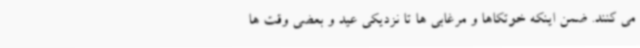
می کنند. ضمن اینکه خوتکاها و مرغابی ها تا نزدیکی عید و بعضی وقت ها